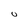
Character: 0